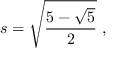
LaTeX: s = { \sqrt { \frac { 5 - { \sqrt { 5 } } } { 2 } } } \ ,